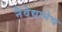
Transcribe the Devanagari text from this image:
नैवेद्यानेच